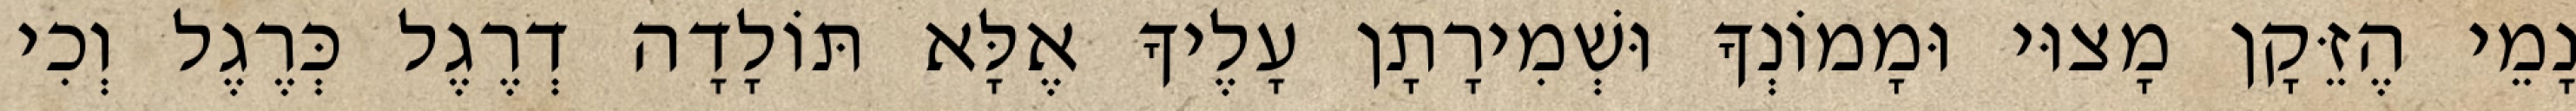
נָמֵי הֶזֵּקָן מָצוּי וּמָמוֹנְךָ וּשְׁמִירָתָן עָלֶיךָ אֶלָּא תּוֹלָדָה דְרֶגֶל כְּרֶגֶל וְכִי